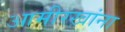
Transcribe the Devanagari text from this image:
आमीरखांना